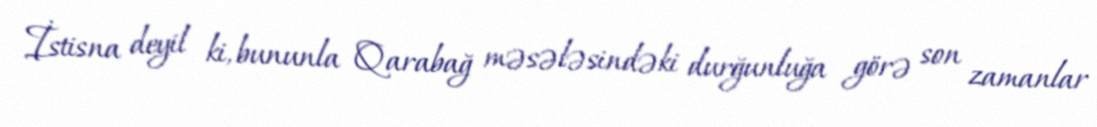
İstisna deyil ki, bununla Qarabağ məsələsindəki durğunluğa görə son zamanlar